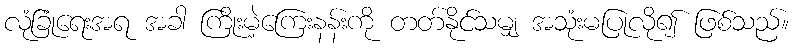
လုံခြုံရေးအရ အခါ ကြိုးမဲ့ကြေးနန်းကို တတ်နိုင်သမျှ အသုံးမပြုလို၍ ဖြစ်သည်။